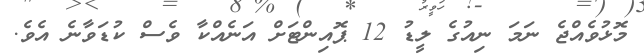
މޮޅުވެއްޖެ ނަމަ ނިއުގެ ލީޑު 12 ޕޮއިންޓަށް އަނެއްކާ ވެސް ކުޑަވާނެ އެވެ.